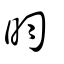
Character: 昀